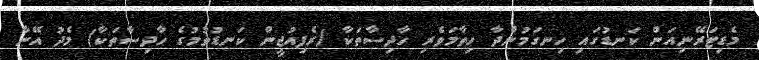
މެޑިޓަރޭނިއަން ކަނޑުގައި ހިނގަމުންދާ ހިތާމަވެރި ހާދިސާތަކާ (ރެފިއުޖީން ކަނޑުވުމުގެ ހާދިސާތަކާ) މެދު އޭނާ